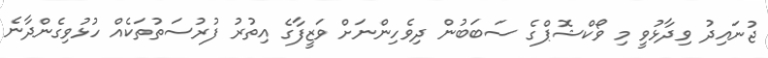
ޖުނައިދު ވިދާޅުވީ މި ވޯކްޝޮޕްގެ ސަބަބުން ދިވެހިންނަށް ވަޒީފާގެ އިތުރު ފުރުސަތުތަކެއް ހުޅުވިގެންދާނެ